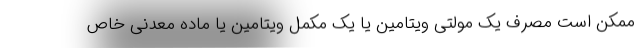
ممکن است مصرف یک مولتی ویتامین یا یک مکمل ویتامین یا ماده معدنی خاص